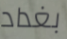
بغداد